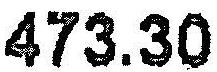
473.30